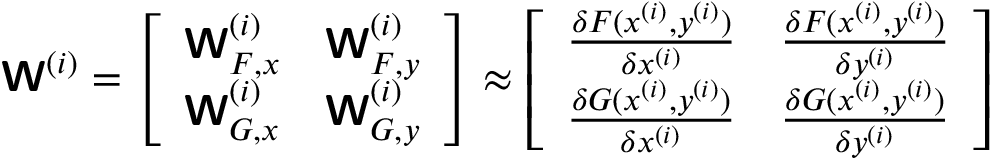
\boldsymbol { \mathsf { W } } ^ { ( i ) } = \left[ \begin{array} { l l } { \boldsymbol { \mathsf { W } } _ { F , x } ^ { ( i ) } } & { \boldsymbol { \mathsf { W } } _ { F , y } ^ { ( i ) } } \\ { \boldsymbol { \mathsf { W } } _ { G , x } ^ { ( i ) } } & { \boldsymbol { \mathsf { W } } _ { G , y } ^ { ( i ) } } \end{array} \right] \approx \left[ \begin{array} { l l } { \frac { \delta F ( \boldsymbol { x } ^ { ( i ) } , \boldsymbol { y } ^ { ( i ) } ) } { \delta \boldsymbol { x } ^ { ( i ) } } } & { \frac { \delta F ( \boldsymbol { x } ^ { ( i ) } , \boldsymbol { y } ^ { ( i ) } ) } { \delta \boldsymbol { y } ^ { ( i ) } } } \\ { \frac { \delta G ( \boldsymbol { x } ^ { ( i ) } , \boldsymbol { y } ^ { ( i ) } ) } { \delta \boldsymbol { x } ^ { ( i ) } } } & { \frac { \delta G ( \boldsymbol { x } ^ { ( i ) } , \boldsymbol { y } ^ { ( i ) } ) } { \delta \boldsymbol { y } ^ { ( i ) } } } \end{array} \right]